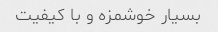
بسیار خوشمزه و با کیفیت